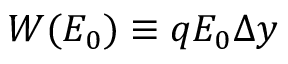
W ( E _ { 0 } ) \equiv q E _ { 0 } \Delta y